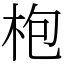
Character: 枹